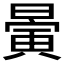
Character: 𣊇